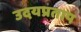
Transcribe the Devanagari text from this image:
उदयप्रताप